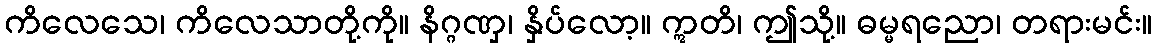
ကိလေသေ၊ ကိလေသာတို့ကို။ နိဂ္ဂဏှ၊ နှိပ်လော့။ ဣတိ၊ ဤသို့။ ဓမ္မရညော၊ တရားမင်း။